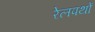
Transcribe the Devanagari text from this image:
रेलपथों